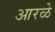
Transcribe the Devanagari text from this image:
आरळे